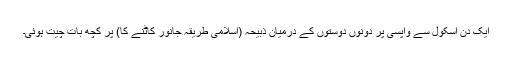
ایک دن اسکول سے واپسی پر دونوں دوستوں کے درمیان ذبیحہ (اسلامی طریقہ جانور کاٹنے کا) پر کچھ بات چیت ہوئی۔